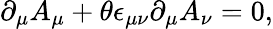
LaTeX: \partial_{\mu}A_{\mu}+\theta\epsilon_{\mu\nu}\partial_{\mu}A_{\nu}=0,